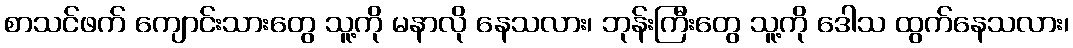
စာသင်ဖက် ကျောင်းသားတွေ သူ့ကို မနာလို နေသလား၊ ဘုန်းကြီးတွေ သူ့ကို ဒေါသ ထွက်နေသလား၊